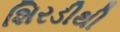
શિરડીથી